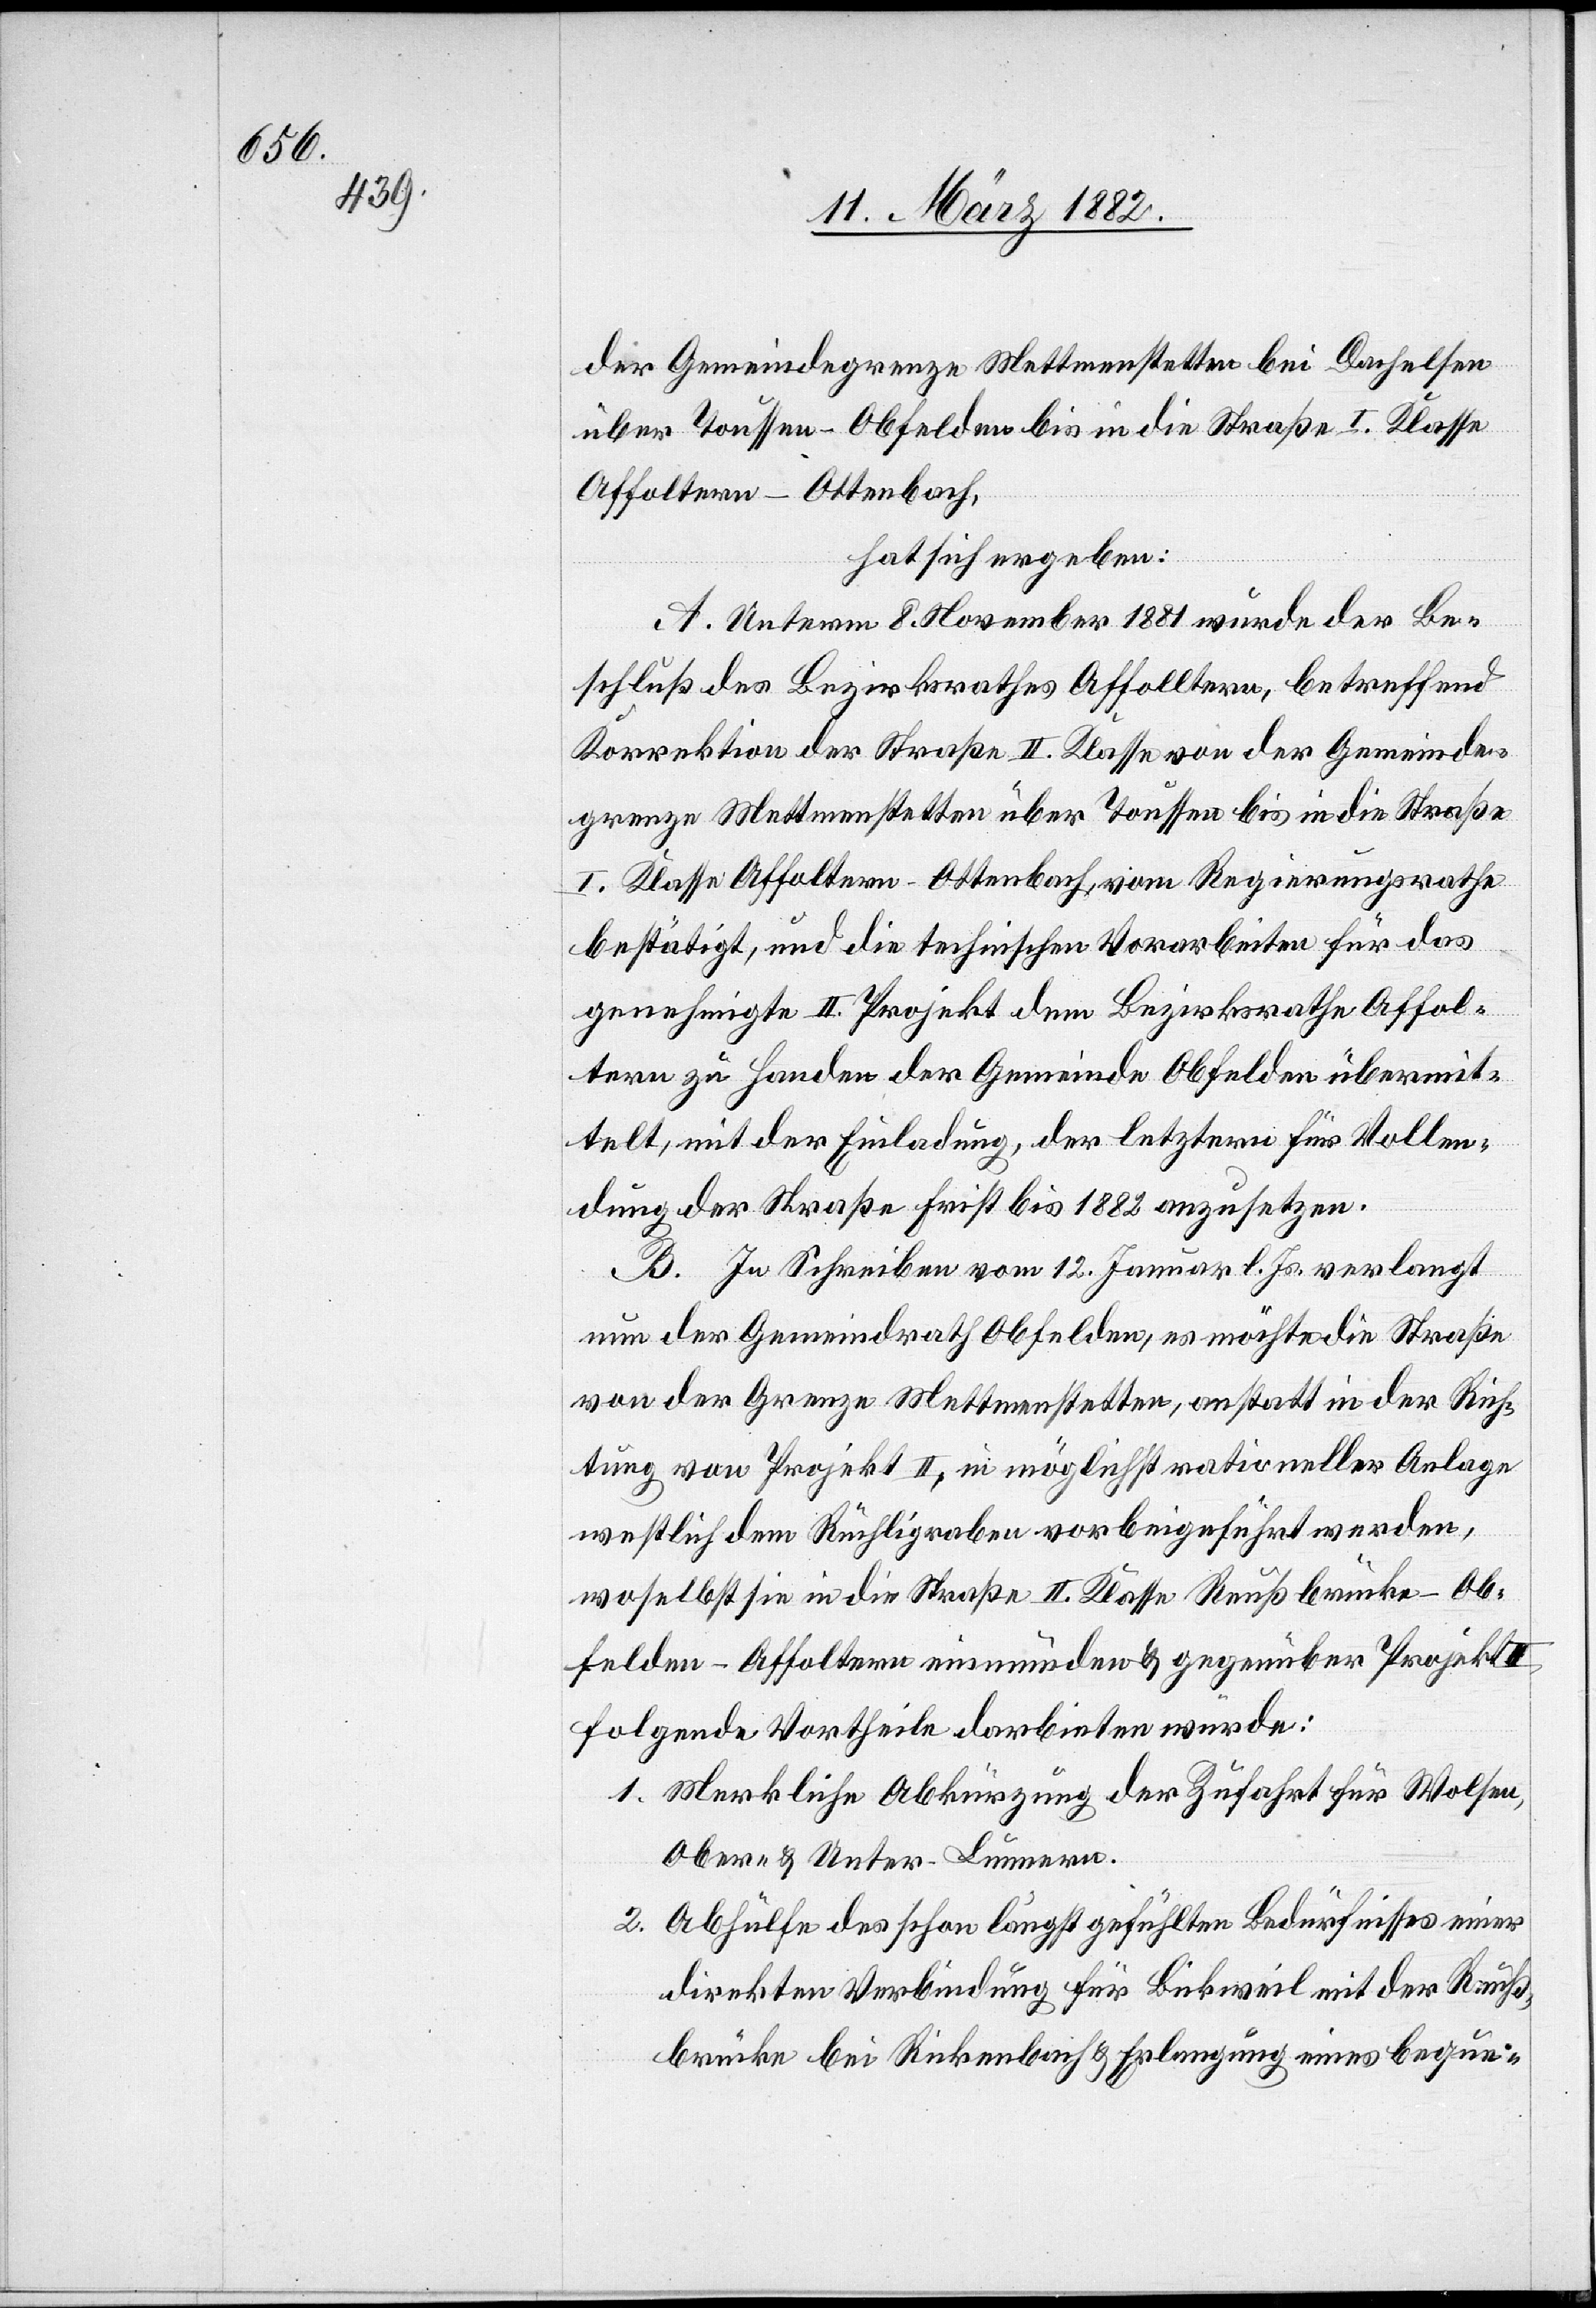
der Gemeindegrenze Mettmenstetten bei Dachelsen
über Toussen - Obfelden bis in die Straße I. Klasse
Affoltern–Ottenbach,
hat sich ergeben:
A. Unterm 8. November 1881 wurde der Be¬
schluß des Bezirksrathes Affoltern, betreffend
Korrektion der Straße II. Klasse von der Gemeinde¬
grenze Mettmenstetten über Toussen bis in die Straße
I. Klasse Affoltern–Ottenbach, vom Regierungsrathe
bestätigt, und die technischen Vorarbeiten für das
genehmigte II. Projekt dem Bezirksrathe Affol¬
tern zu Handen der Gemeinde Obfelden übermit¬
telt, mit der Einladung, der letztern für Vollen¬
dung der Straße Frist bis 1882 anzusetzen.
B. In Schreiben vom 12. Januar l. Js. verlangt
nun der Gemeindrath Obfelden, es möchte die Straße
von der Grenze Mettmenstetten, anstatt in der Rich¬
tung von Projekt II, in möglichst rationeller Anlage
westlich dem Rüchligraben vorbeigeführt werden,
woselbst sie in die Straße II. Klasse Reußbrücke–Ob¬
felden–Affoltern einmünde & gegenüber Projekt
folgende Vortheile darbieten würde:
1. Merkliche Abkürzung der Zufahrt für Wolsen,
Ober- & Unter-Lummern.
2. Abhülfe des schon längst gefühlten Bedürfnisses einer
direkten Verbindung für Bickweil mit der Reuß¬
brücke bei Rickenbach & Erlangung eines beque-